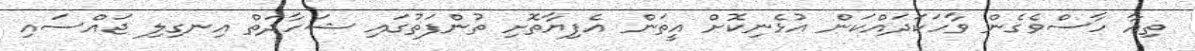
ތިއާ ހާސްވެގެން ވާހަކަދައްކަން އުޅެނިކޮށް އީތަން އެފިޔާތޮށި ތުންފަތުގައި ޝަހާދަތް އިނގިލި ޖައްސައި